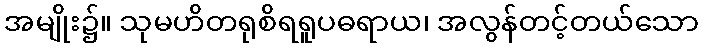
အမျိုး၌။ သုမဟိတရုစိရရူပဓရာယ၊ အလွန်တင့်တယ်သော